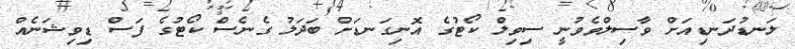
ލަނޑުދަނޑިއަށް ވާސިލްވެވުނީ ސިވިލް ކޯޓުގެ އޮނިގަނޑަށް ބަދަލު ގެނެސް ކޯޓުގެ ފަސް ޑިވިޝަނެއް